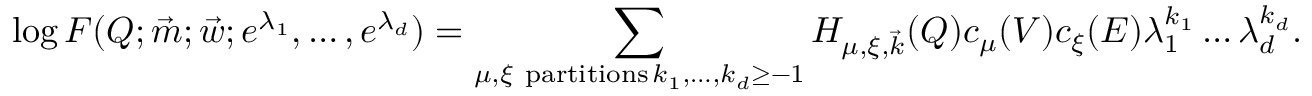
\log F ( Q ; \vec { m } ; \vec { w } ; e ^ { \lambda _ { 1 } } , \dots , e ^ { \lambda _ { d } } ) = \sum _ { \substack { \mu , \xi \mathrm { ~ p a r t i t i o n s } \, k _ { 1 } , \dots , k _ { d } \geq - 1 } } H _ { \mu , \xi , \vec { k } } ( Q ) c _ { \mu } ( V ) c _ { \xi } ( E ) \lambda _ { 1 } ^ { k _ { 1 } } \dots \lambda _ { d } ^ { k _ { d } } .